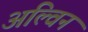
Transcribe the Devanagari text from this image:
अल्विन